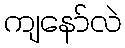
ကျနော်လဲ